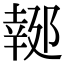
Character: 𨝜